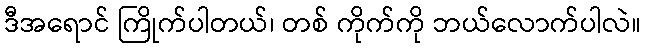
ဒီအရောင် ကြိုက်ပါတယ်၊ တစ် ကိုက်ကို ဘယ်လောက်ပါလဲ။